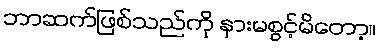
ဘာဆက်ဖြစ်သည်ကို နားမစွင့်မိတော့။